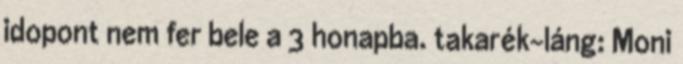
idopont nem fer bele a 3 honapba. takarék-láng: Moni